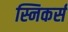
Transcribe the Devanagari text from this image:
स्निकर्स